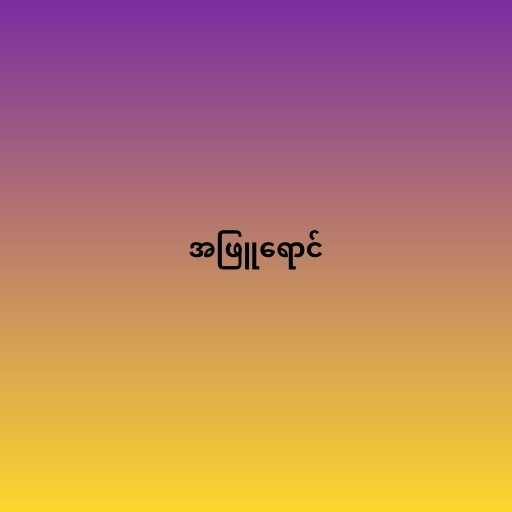
အဖြူရောင်